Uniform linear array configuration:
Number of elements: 32
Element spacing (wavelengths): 0.75
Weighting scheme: blackman
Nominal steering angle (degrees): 0
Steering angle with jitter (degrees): -0.9846
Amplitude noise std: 0.05
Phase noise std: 0.05

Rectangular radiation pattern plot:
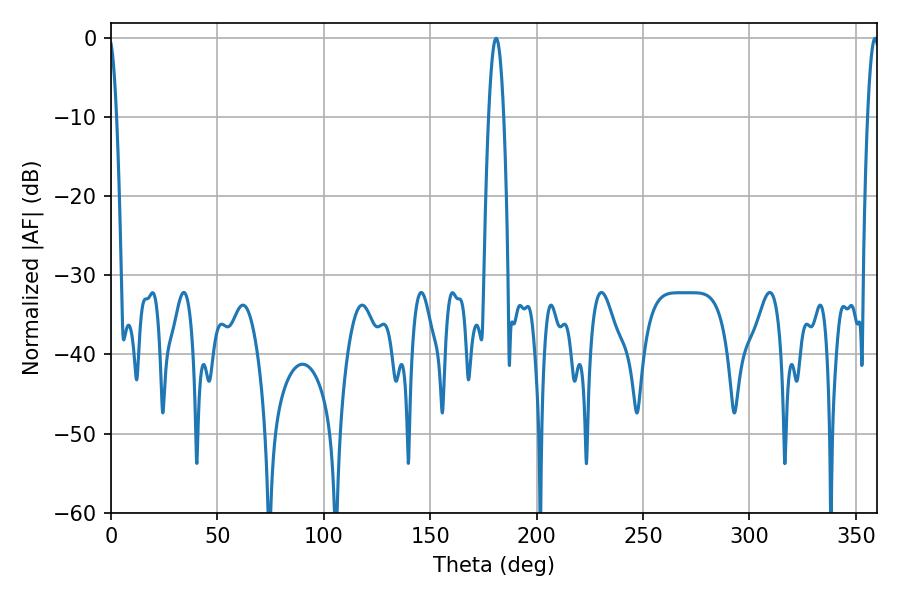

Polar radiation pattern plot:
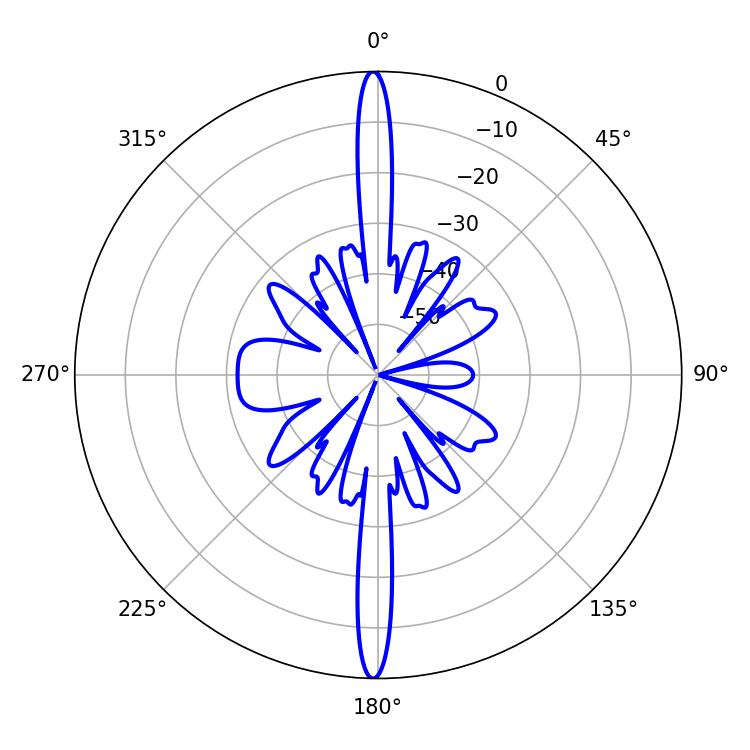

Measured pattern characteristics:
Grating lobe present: TRUE
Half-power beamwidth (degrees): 3.78
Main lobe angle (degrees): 180.9